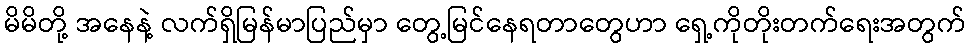
မိမိတို့ အနေနဲ့ လက်ရှိမြန်မာပြည်မှာ တွေ့မြင်နေရတာတွေဟာ ရှေ့ကိုတိုးတက်ရေးအတွက်